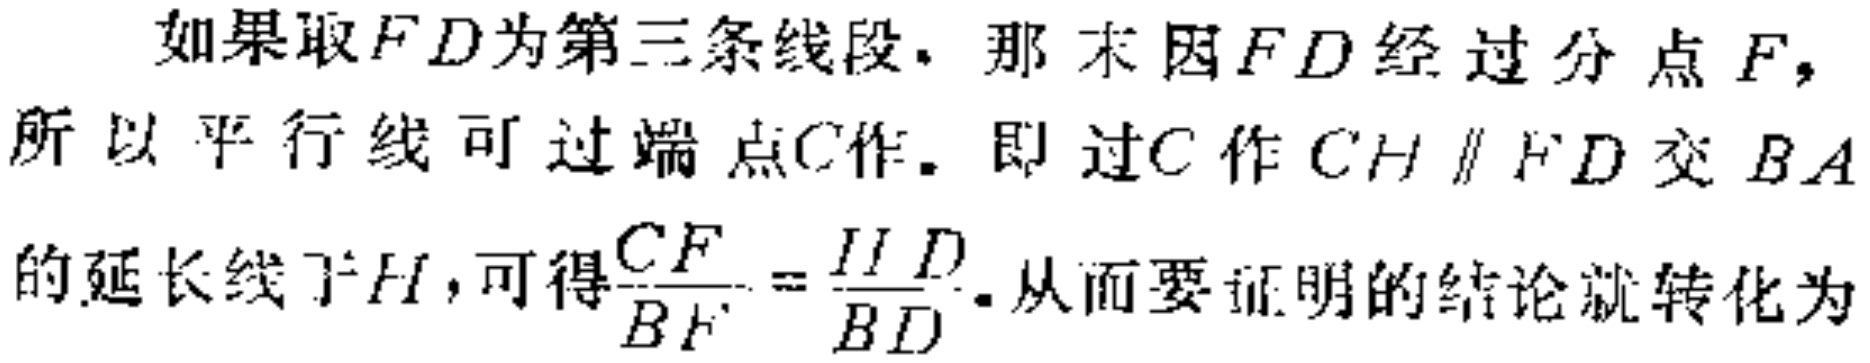
如果取\(FD\)为第三条线段，那 末因\(FD\)经过分点\(F\)，所以平行线可过端点\(C\)作。即过\(C\)作\(CH \parallel FD\)交\(BA\)的延长线于\(H\)，可得\(\frac{CF}{BF}=\frac{HD}{BD}\)。从而要证明的结论就转化为